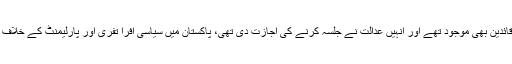
طاہر القادری کے جلسے میں دیگر سیاسی جماعتوں کے قائدین بھی موجود تھے اور انہیں عدالت نے جلسہ کرنے کی اجازت دی تھی، پاکستان میں سیاسی افرا تفری اور پارلیمنٹ کے خلاف دشنام طرازی کرنے پر سپریم کورٹ سوموٹو ایکشن لے۔